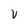
Character: V